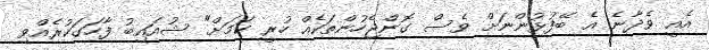
އެއީ ވެދާނެ އެ ބޭފުޅުންނަށް ވެސް ގޮންޖެހުންތަކެއް ހުރީ ކަމަށް" ޝުއައިބު ފާހަގަކުރެއްވި